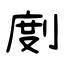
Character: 剫